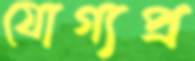
যোগ্যপ্র